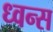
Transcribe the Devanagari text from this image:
ध्वन्स